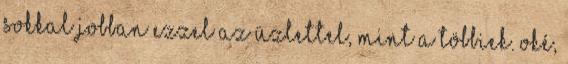
sokkal jobban ezzel az üzlettel, mint a többiek. oké,